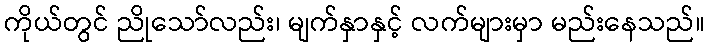
ကိုယ်တွင် ညိုသော်လည်း၊ မျက်နှာနှင့် လက်များမှာ မည်းနေသည်။